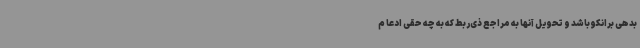
بدهی برانکو باشد و تحویل آنها به مراجع ذی‌ربط که به چه حقی ادعا م